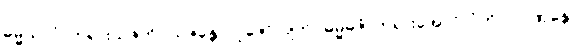
ဓမ္မယာဂံ၊ တရားယဇ်ကို။ ယဇန္တော၊ ပူဇော်လျက်။ ဓမ္မဓဇံ၊ တရားအောင်လံကို။ ပဂ္ဂဏှန္တော၊